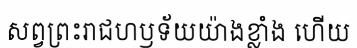
សព្វព្រះរាជហឫទ័យយ៉ាងខ្លាំង ហើយ